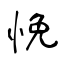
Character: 悗